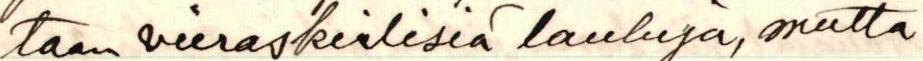
taan vieraskielisiä lauluja, mutta